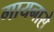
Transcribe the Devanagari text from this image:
गायनासे